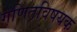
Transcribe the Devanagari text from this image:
गणितविषयक